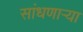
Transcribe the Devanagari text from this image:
सांधणार्‍या